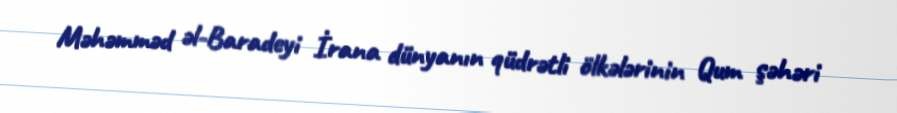
Məhəmməd əl-Baradeyi İrana dünyanın qüdrətli ölkələrinin Qum şəhəri